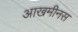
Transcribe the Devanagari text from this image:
आखमीनस